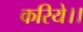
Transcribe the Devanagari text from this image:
करिये।।